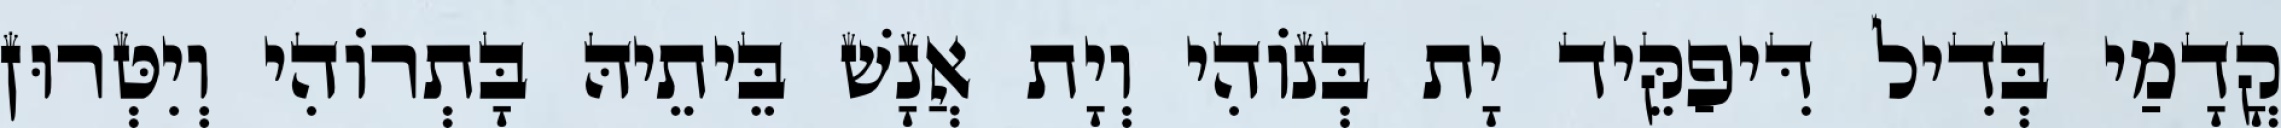
קֳדָמַי בְּדִיל דִּיפַקֵּיד יָת בְּנוֹהִי וְיָת אֲנָשׁ בֵּיתֵיהּ בָּתְרוֹהִי וְיִטְּרוּן